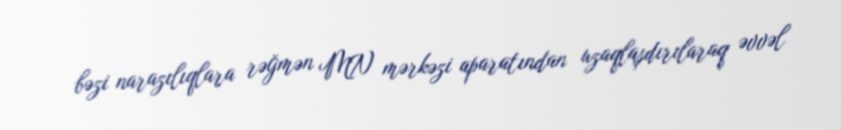
bəzi narazılıqlara rəğmən MN mərkəzi aparatından uzaqlaşdırılaraq əvvəl